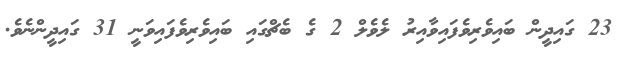
23 ގައިދީން ބައިވެރިވެފައިވާއިރު ލެވެލް 2 ގެ ބެޗްގައި ބައިވެރިވެފައިވަނީ 31 ގައިދީންނެވެ.